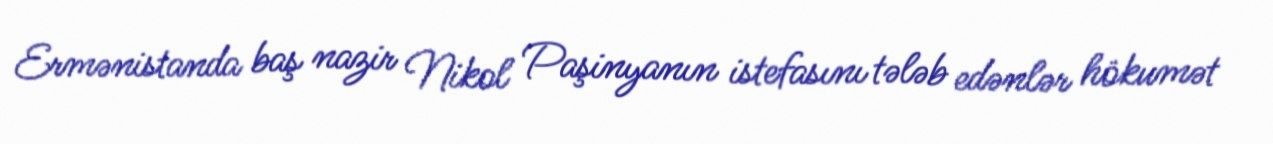
Ermənistanda baş nazir Nikol Paşinyanın istefasını tələb edənlər hökumət